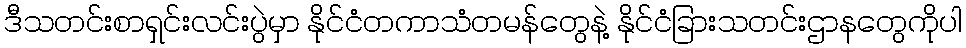
ဒီသတင်းစာရှင်းလင်းပွဲမှာ နိုင်ငံတကာသံတမန်တွေနဲ့ နိုင်ငံခြားသတင်းဌာနတွေကိုပါ